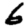
Digit: 6